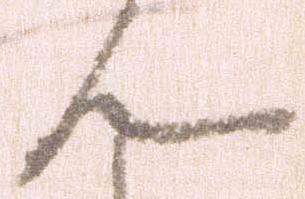
ん